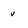
Character: v